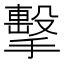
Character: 擊